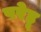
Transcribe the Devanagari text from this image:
परेहू